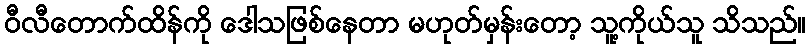
ဝီလီတောက်ထိန်ကို ဒေါသဖြစ်နေတာ မဟုတ်မှန်းတော့ သူ့ကိုယ်သူ သိသည်။